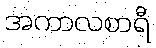
အကာလစာရီ